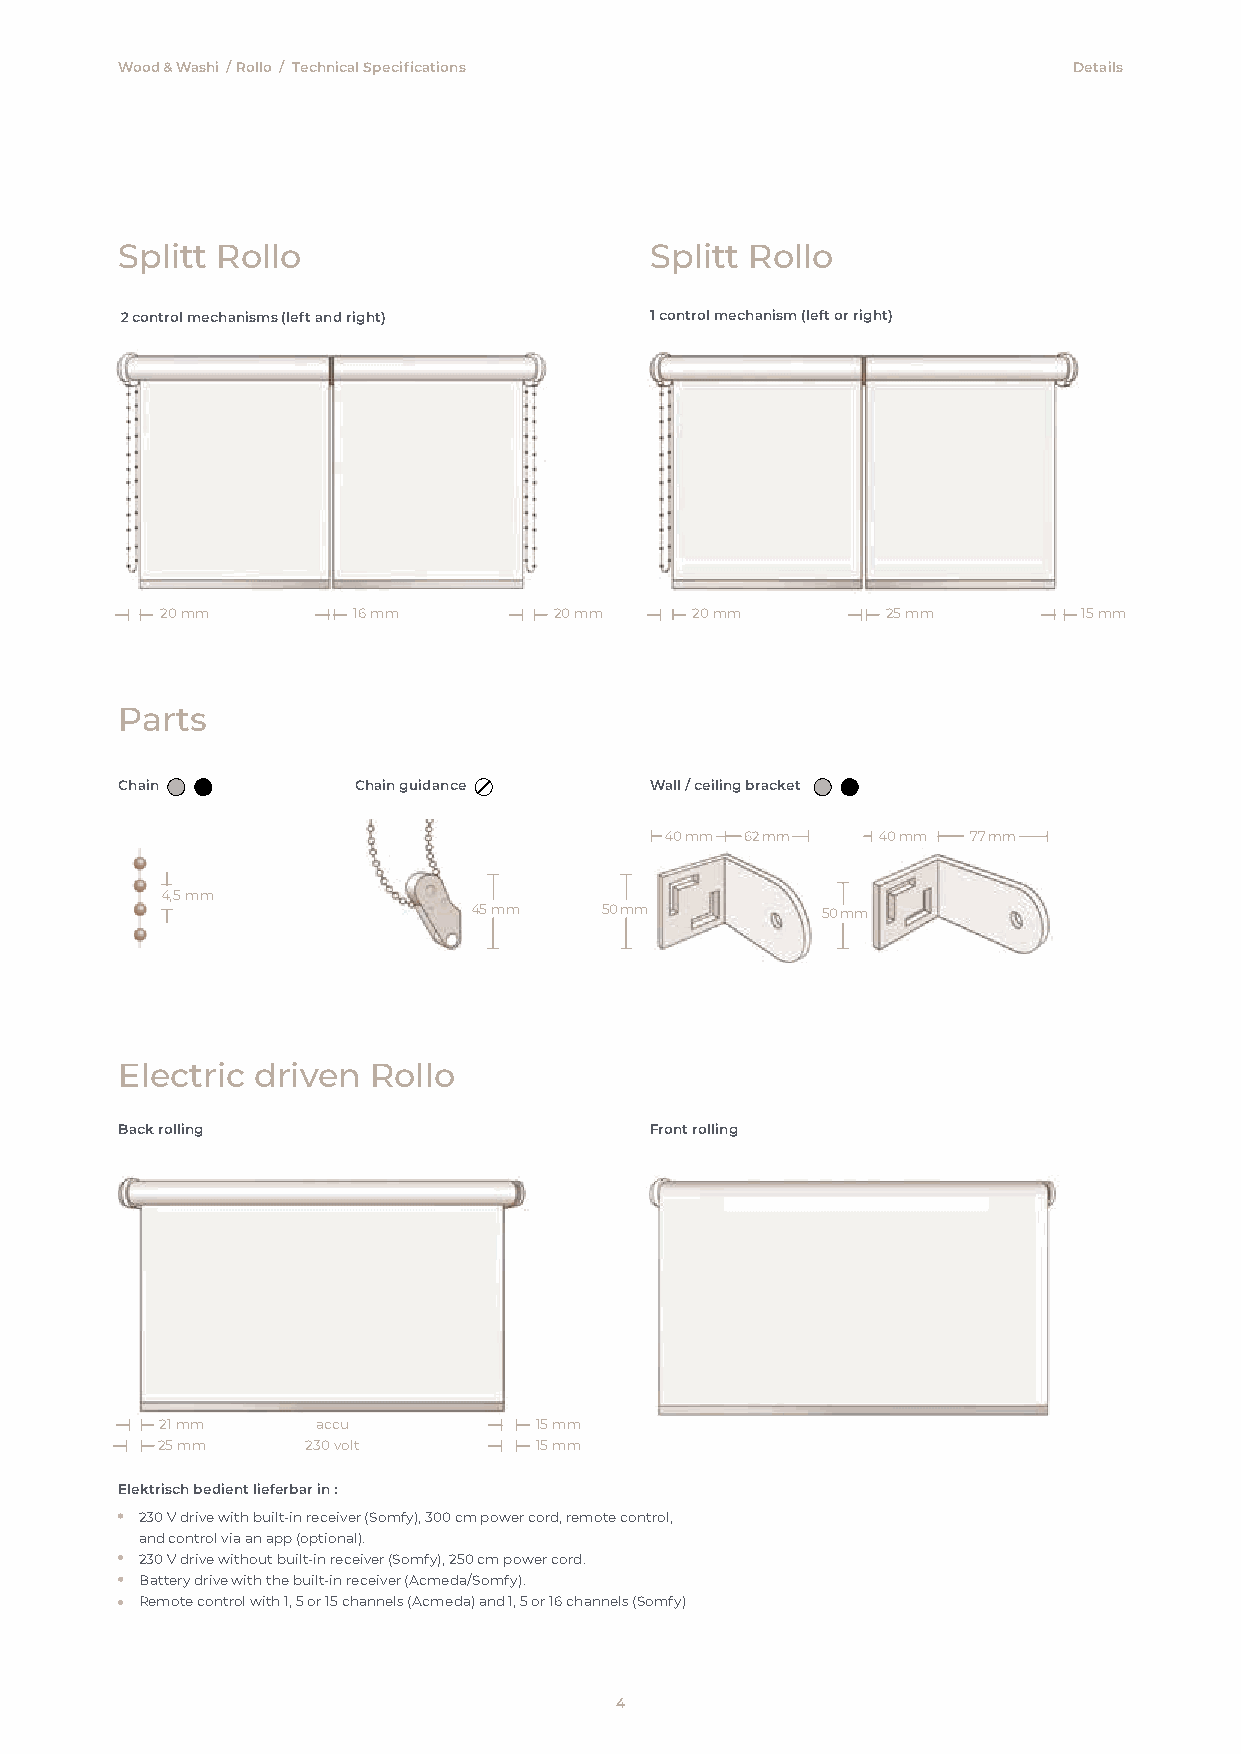
Wood & Washi /Rollo / Technical Specifications                 Details
 Splitt Rollo                       Splitt Rollo
 2 control mechanisms (left and right) 1 control mechanism (left or right)
 20 mm       16 mm         20 mm    20 mm        25 mm        15 mm
 Parts
 Chain          Chain guidance      Wall / ceiling bracket
 40 mm 62 mm   40 mm 77 mm
 4,5 mm
 45 mm    50 mm         50 mm
 Electric driven Rollo
 Back rolling                       Front rolling
 21 mm     accu          15 mm
 25 mm     230 volt       15 mm
 Elektrisch bedient lieferbar in :
 230 V drive with built-in receiver (Somfy), 300 cm power cord, remote control,
 and control via an app (optional).
 230 V drive without built-in receiver (Somfy), 250 cm power cord.
 Battery drive with the built-in receiver (Acmeda/Somfy).
 Remote control with 1, 5 or 15 channels (Acmeda) and 1, 5 or 16 channels (Somfy)
 4